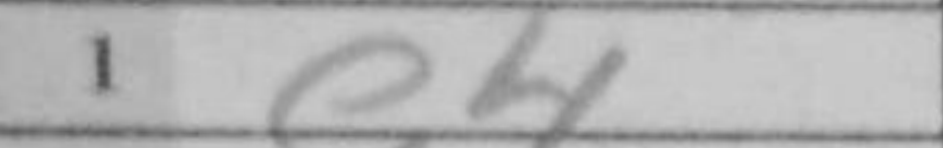
Transcription: e4